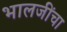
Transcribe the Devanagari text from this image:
भालजींचा